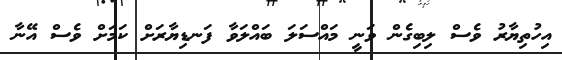
އިހުތިޔާރު ވެސް ލިބިގެން ވަނީ މައްސަލަ ބައްލަވާ ފަނޑިޔާރަށް ކަމަށް ވެސް އޭނާ